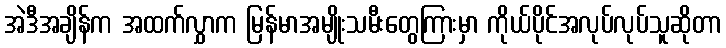
အဲဒီအချိန်က အထက်လွှာက မြန်မာအမျိုးသမီးတွေကြားမှာ ကိုယ်ပိုင်အလုပ်လုပ်သူဆိုတာ